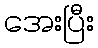
အေးပြီး